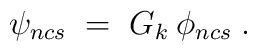
\psi_{ncs} \;=\; G_k\: \phi_{ncs}\;.